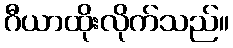
ဂီယာထိုးလိုက်သည်။